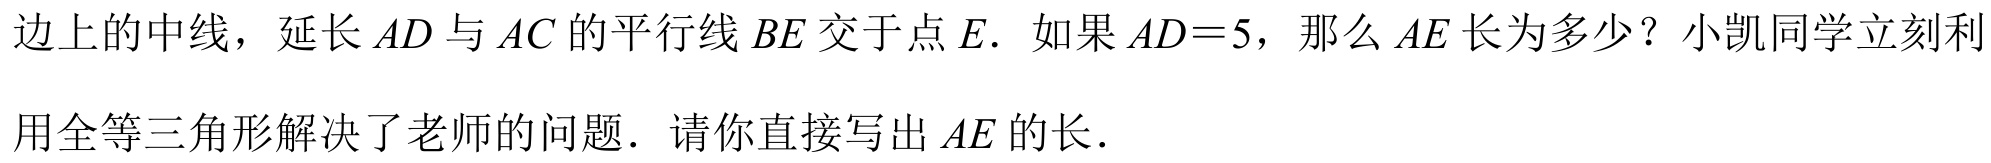
边上的中线，延长$AD$与$AC$的平行线$BE$交于点$E$．如果$AD = 5$，那么$AE$长为多少？小凯同学立刻利
用全等三角形解决了老师的问题．请你直接写出$AE$的长．